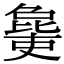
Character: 𣬔